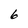
Character: 6